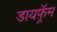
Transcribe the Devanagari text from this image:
डायफ़्रॅम